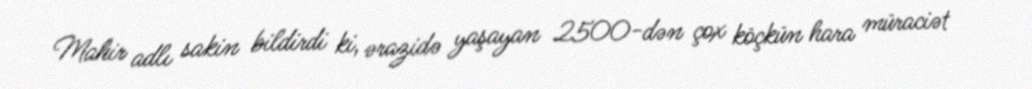
Mahir adlı sakin bildirdi ki, ərazidə yaşayan 2500-dən çox köçkün hara müraciət